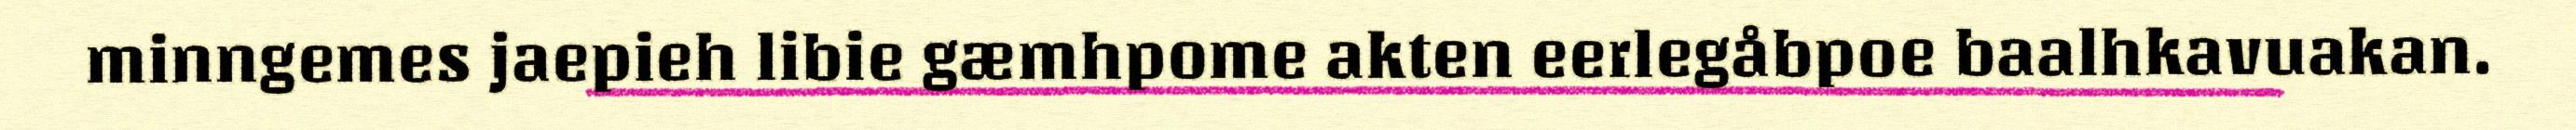
minngemes jaepieh libie gæmhpome akten eerlegåbpoe baalhkavuakan.